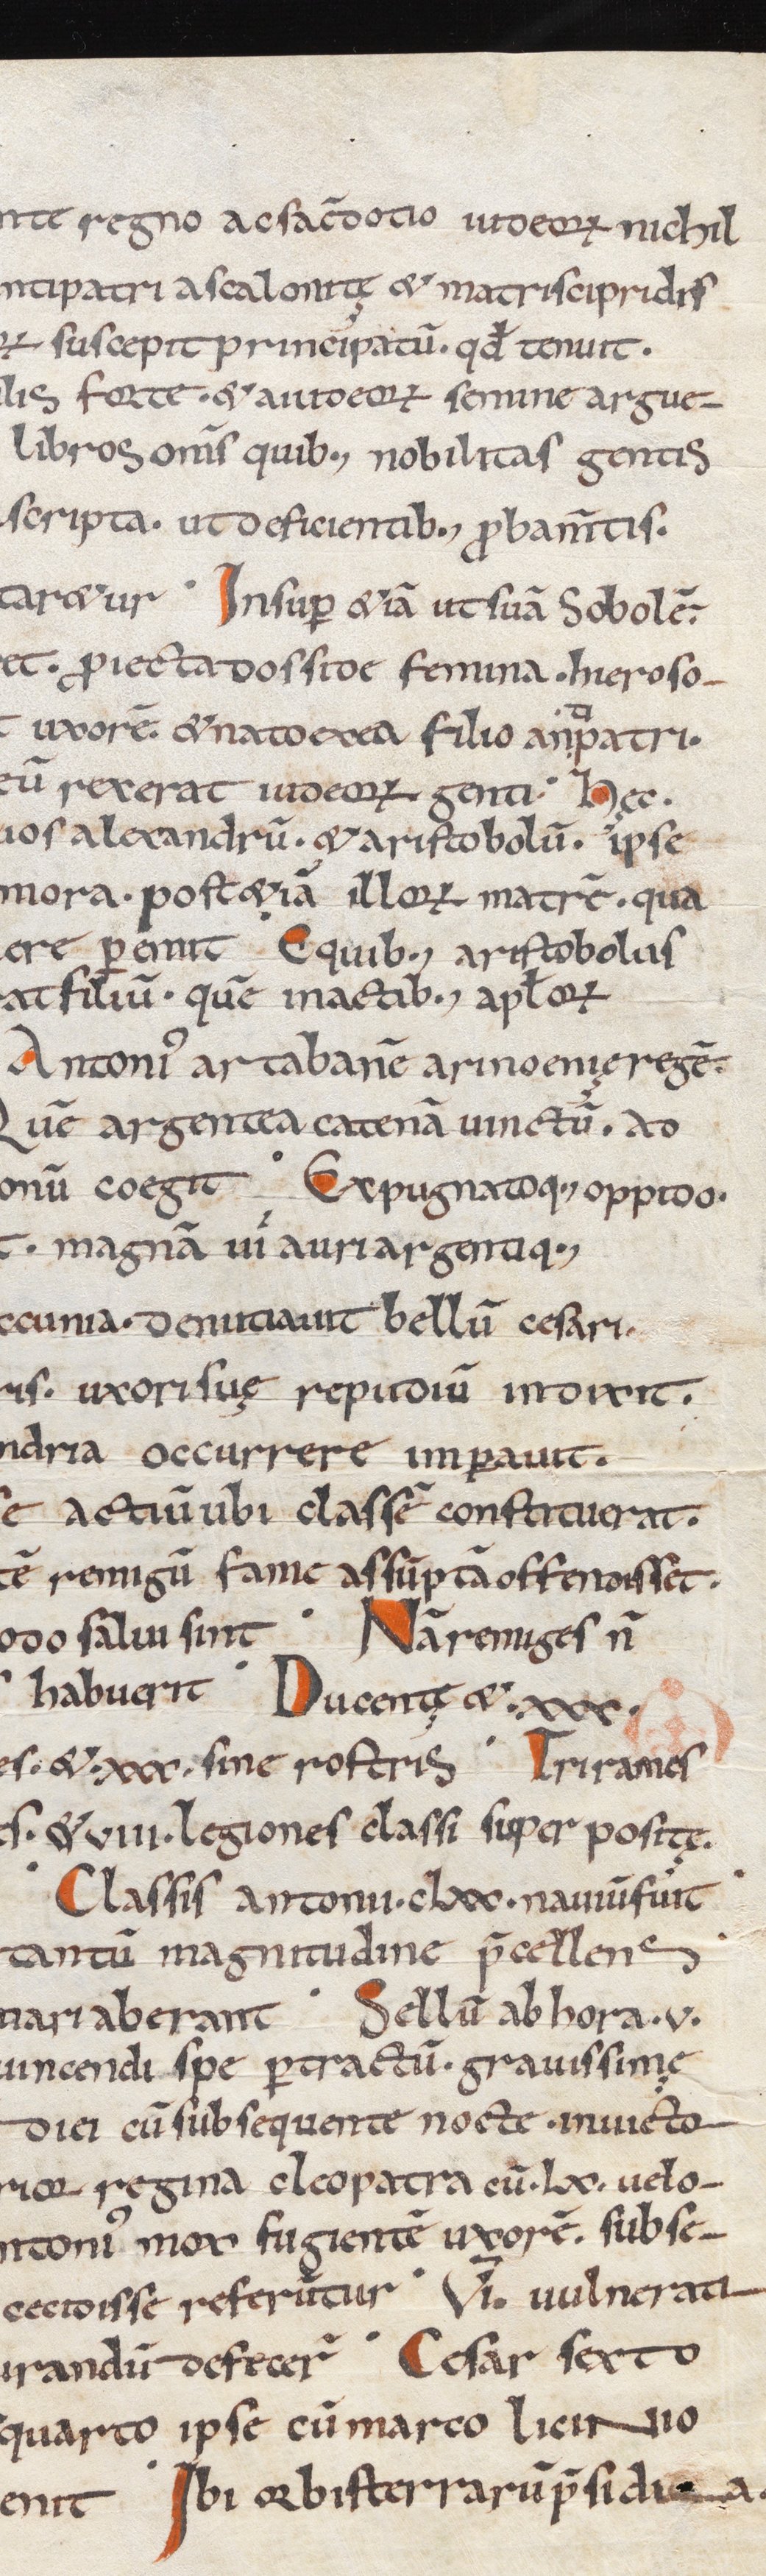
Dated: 1039–1056